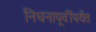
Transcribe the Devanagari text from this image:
निधनापूर्वीपर्यंत